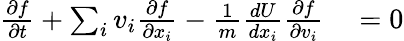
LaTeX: \begin{array}{rl}{\frac{\partial f}{\partial t}+\sum_{i}v_{i}\frac{\partial f}{\partial x_{i}}-\frac{1}{m}\frac{dU}{dx_{i}}\frac{\partial f}{\partial v_{i}}}&{{}=0}\end{array}